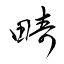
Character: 畴